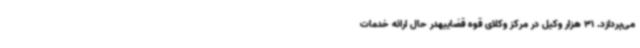
می‌پردازد. 31 هزار وکیل در مرکز وکلای قوه قضاییهدر حال ارائه خدمات